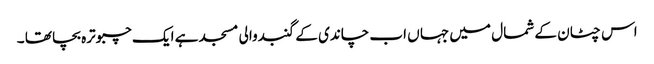
اس چٹان کے شمال میں جہا ں اب چاندی کے گنبدوالی مسجد ہے ایک چبوترہ بچا تھا ۔